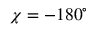
\chi = - 1 8 0 ^ { \circ }